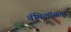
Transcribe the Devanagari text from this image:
बॅबिलॉनला